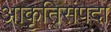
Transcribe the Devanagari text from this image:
आकृतिसंपदा